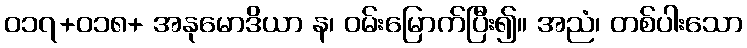
၀၁၇+၀၁၈+ အနုမောဒိယာ န၊ ဝမ်းမြောက်ပြီး၍။ အညံ၊ တစ်ပါးသော